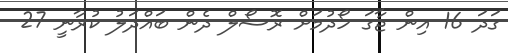
ގަދަ 16 އިން ޖާގަ ހޯދުމަށް ރޮސޯލް ދެން ބައްދަލު ކުރާނީ 27